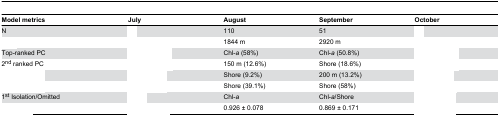
<table><thead><tr><td><b>Model metrics</b></td><td><b>July</b></td><td><b>August</b></td><td><b>September</b></td><td><b>October</b></td></tr></thead><tbody><tr><td>N</td><td>[EMPTY_CELL]</td><td>110</td><td>51</td><td>[EMPTY_CELL]</td></tr><tr><td>[EMPTY_CELL]</td><td>[EMPTY_CELL]</td><td>1844 m</td><td>2920 m</td><td>[EMPTY_CELL]</td></tr><tr><td>Top-ranked PC</td><td>[EMPTY_CELL]</td><td>Chl-<i>a</i> (58%)</td><td>Chl-<i>a</i> (50.8%)</td><td>[EMPTY_CELL]</td></tr><tr><td>2<sup>nd</sup> ranked PC</td><td>[EMPTY_CELL]</td><td>150 m (12.6%)</td><td>Shore (18.6%)</td><td>[EMPTY_CELL]</td></tr><tr><td>[EMPTY_CELL]</td><td>[EMPTY_CELL]</td><td>Shore (9.2%)</td><td>200 m (13.2%)</td><td>[EMPTY_CELL]</td></tr><tr><td>[EMPTY_CELL]</td><td>[EMPTY_CELL]</td><td>Shore (39.1%)</td><td>Shore (58%)</td><td>[EMPTY_CELL]</td></tr><tr><td>1<sup>st</sup> Isolation/Omitted</td><td>[EMPTY_CELL]</td><td>Chl-<i>a</i></td><td>Chl-<i>a</i>/Shore</td><td>[EMPTY_CELL]</td></tr><tr><td>[EMPTY_CELL]</td><td>[EMPTY_CELL]</td><td>0.926 ± 0.078</td><td>0.869 ± 0.171</td><td>[EMPTY_CELL]</td></tr></tbody></table>